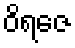
ဝိရဇေ